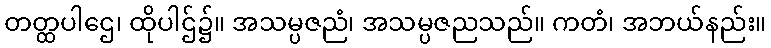
တတ္ထပါဌေ၊ ထိုပါဌ်၌။ အသမ္ပဇညံ၊ အသမ္ပဇညသည်။ ကတံ၊ အဘယ်နည်း။